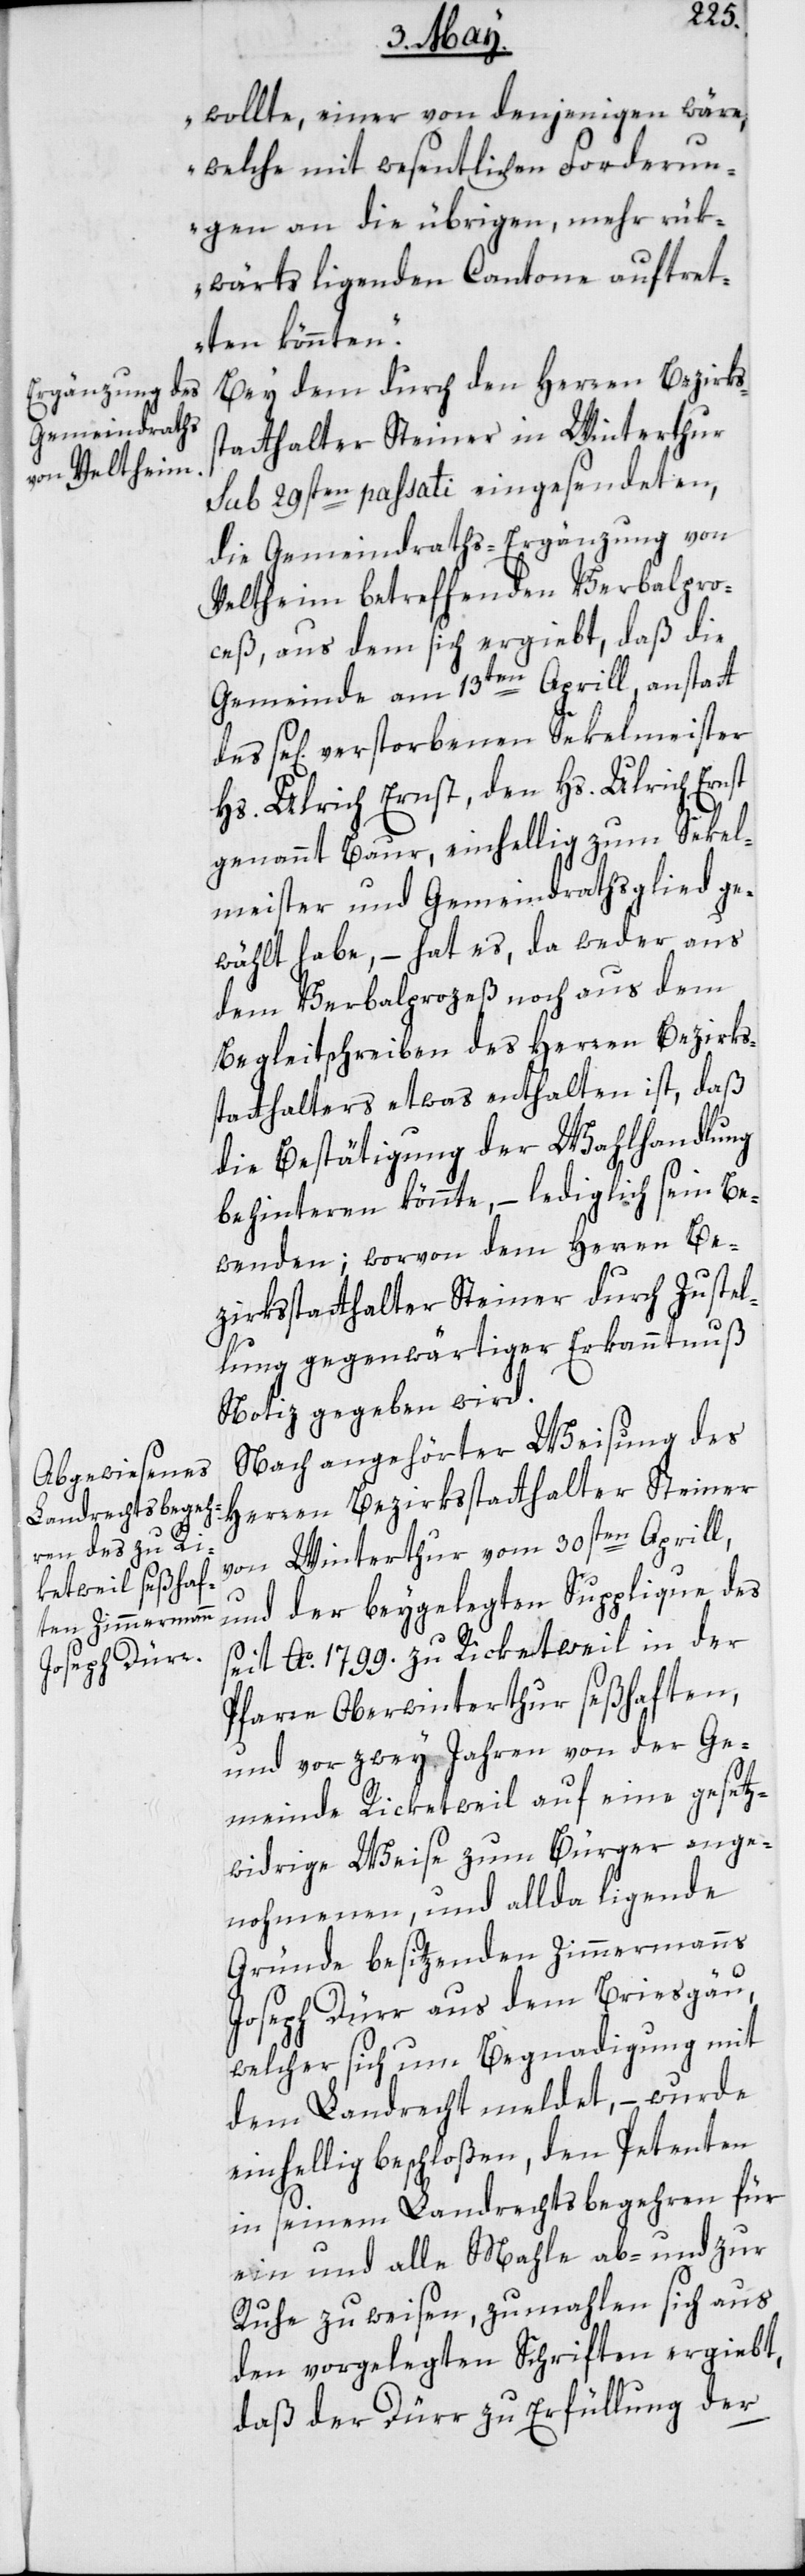
wollte, einer von denjenigen wäre,
welche mit wesentlichen Forderun¬
gen an die übrigen, mehr rük¬
wärts liegenden Cantone auftret¬
ten könnten“.
Bey dem durch den Herren Bezirks¬
statthalter Steiner in Winterthur
sub 29sten passati eingesendeten,
die Gemeindraths-Ergänzung von
Veltheim betreffenden Verbalpro¬
ceß, aus dem sich ergiebt, daß die
Gemeinde am 13ten Aprill, anstatt
se[ligen] verstorbenen Sekelmeister
Hs. Ulrich Ernst, den Hs. Ulrich Ernst,
genannt Baur, einhellig zum Sekel¬
meister und Gemeindrathsglied ge¬
wählt habe, – hat es, da weder aus
dem Verbalprozeß noch aus dem
Begleitschreiben des Herren Bezirks¬
statthalters etwas enthalten ist, daß
die Bestätigung der Wahlhandlung
behinteren könnte, – lediglich sein Be¬
wenden; worvon dem Herren Be¬
zirksstatthalter Steiner durch Zustel¬
lung gegenwärtiger Erkanntnuß
Notiz gegeben wird.
Nach angehörter Weisung des
Herren Bezirksstatthalter Steiner
von Winterthur vom 30sten Aprill,
und der beygelegten Supplique des
seit Ao. 1799. zu Ricketweil in der
Pfarre Oberwinterthur seßhaften,
und vor zwey Jahren von der Ge¬
meinde Ricketweil auf eine gesetz¬
widrige Weise zum Bürger ange¬
nohmenen und allda liegende
Gründe besitzenden Zimmermanns
Joseph Dürr aus dem Briesgäu,
welcher sich um Begnadigung mit
dem Landrecht meldet, – wurde
einhellig beschloßen, den Petenten
in seinem Landrechtsbegehren für
ein und alle Mahle ab- und zur
Ruhe zu weisen, zumahlen sich aus
den vorgelegten Schriften ergiebt,
daß der Dürr zu Erfüllung der